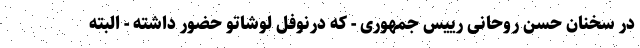
در سخنان حسن روحانی رییس جمهوری - که درنوفل لوشاتو حضور داشته - البته